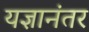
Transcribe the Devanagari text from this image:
यज्ञानंतर